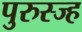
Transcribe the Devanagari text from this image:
पुरुस्ज्ह